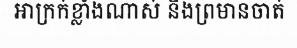
អាក្រក់ខ្លាំងណាស់ និងព្រមានចាត់